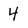
Character: 4